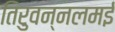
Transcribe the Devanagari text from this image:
तिरुवन्नलमई